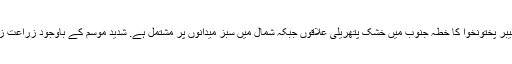
صوبہ خیبر پختونخوا کا خطہ جنوب میں خشک پتھریلی علاقوں جبکہ شمال میں سبز میدانوں پر مشتمل ہے. شدید موسم کے باوجود زراعت زیادہ ہے۔